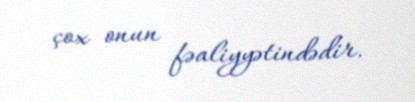
çox onun fəaliyyətindədir.